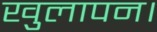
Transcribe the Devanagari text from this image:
खुलापन।